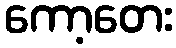
ကော့တေး